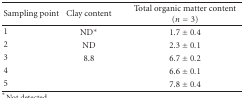
<table><thead><tr><td><b>Sampling point</b></td><td><b>Clay content</b></td><td><b>Total organic matter content (<i>n</i> = 3)</b></td></tr></thead><tbody><tr><td>1</td><td>ND*</td><td>1.7 ± 0.4</td></tr><tr><td>2</td><td>ND</td><td>2.3 ± 0.1</td></tr><tr><td>3</td><td>8.8</td><td>6.7 ± 0.2</td></tr><tr><td>4</td><td>[EMPTY_CELL]</td><td>6.6 ± 0.1</td></tr><tr><td>5</td><td>[EMPTY_CELL]</td><td>7.8 ± 0.4</td></tr></tbody></table>